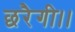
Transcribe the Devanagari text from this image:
छरैगी।।